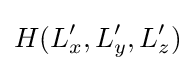
H(L'_{x},L'_{y},L'_{z})